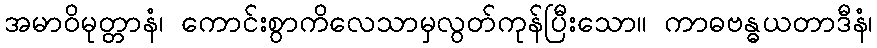
အမာဝိမုတ္တာနံ၊ ကောင်းစွာကိလေသာမှလွတ်ကုန်ပြီးသော။ ကာဓဗန္ဓယတာဒီနံ၊